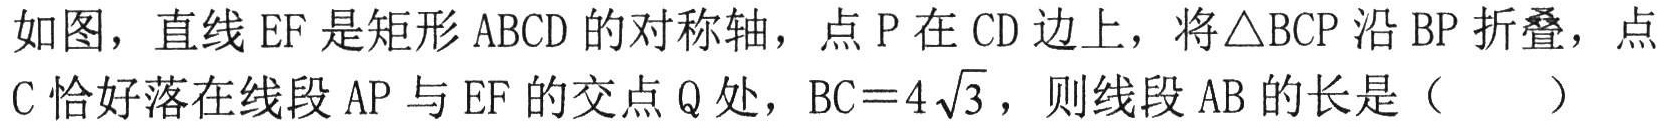
如图，直线 \(EF\) 是矩形 \(ABCD\) 的对称轴，点 \(P\) 在 \(CD\) 边上，将\(\triangle BCP\) 沿 \(BP\) 折叠，点 \(C\) 恰好落在线段 \(AP\) 与 \(EF\) 的交点 \(Q\) 处，\(BC = 4\sqrt{3}\)，则线段 \(AB\) 的长是（  ）